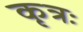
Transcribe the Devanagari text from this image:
कृत्रः